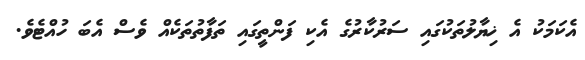
އެކަމަކު އެ ޚިޔާލުތަކުގައި ސަރުކާރުގެ އެކި ފަންތީގައި ތަފާތުތަކެއް ވެސް އެބަ ހުއްޓެވެ.